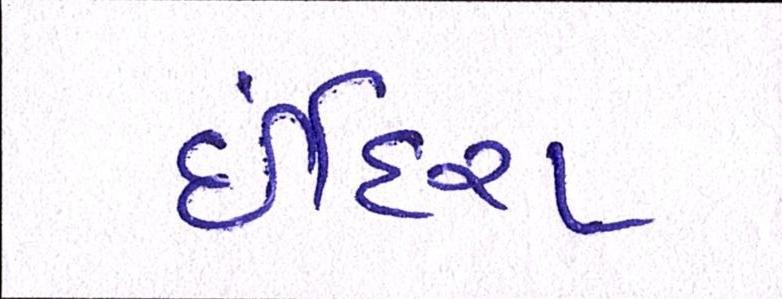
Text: ઈંદિરા